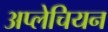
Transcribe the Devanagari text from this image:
अप्लेचियन